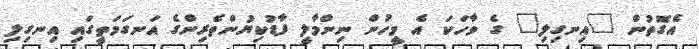
އެގޮތުން "އިނގިލި" ގެ ވާހަކަ އެ މީހުން ނިންމާލީ ފާޑުކިޔުންތެރިންގެ އަނގަމަތީގައި އިނގިލި